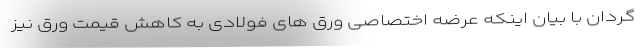
گردان با بیان اینکه عرضه اختصاصی ورق های فولادی به کاهش قیمت ورق نیز